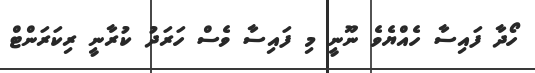
ހޯދާ ފައިސާ ހެއްޔެވެ ނޫނީ މި ފައިސާ ވެސް ހަރަދު ކުރާނީ ރިކަރަންޓް